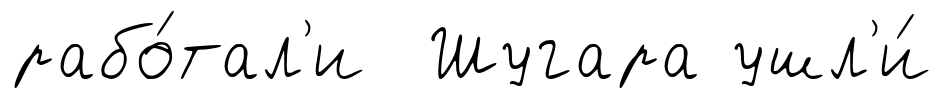
рабо́тал'и Шугара ушл'и́